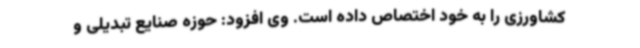
کشاورزی را به خود اختصاص داده است. وی افزود: حوزه صنایع تبدیلی و